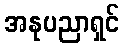
အနုပညာရှင်